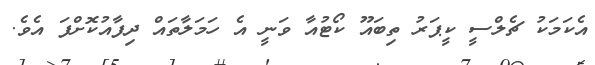
އެކަމަކު ޗެލްސީ ކީޕަރު ތިބައޫ ކޯޓުއާ ވަނީ އެ ހަމަލާތައް ދިފާއުކޮށްފަ އެވެ.